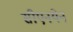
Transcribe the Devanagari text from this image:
सीएनयेन